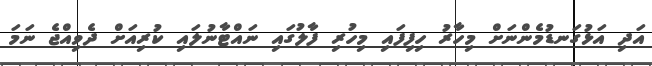
އަދި އަޅުގަނޑުމެންނަށް މިހާރު ހިފިފައި މިހުރި ފާލުގައި ނައްޓާނުލައި ކުރިއަށް ދެވިއްޖެ ނަމަ